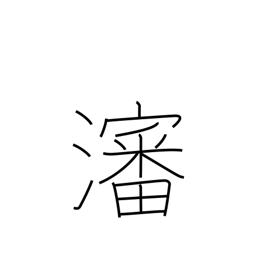
Meaning: broth